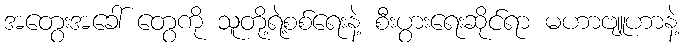
အတွေးအခေါ် တွေကို သူတို့ရဲ့စစ်ရေးနဲ့ စီးပွားရေးဆိုင်ရာ မဟာဗျူဟာနဲ့